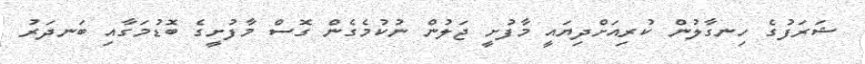
ޝަރަފުގެ ހިނގާލުން ކުރިއަށްދިޔައީ މާފުށީ ޖަލުން ނުކުމެގެން ގޮސް މާފުށީގެ ބޮޑުމަގާއި ބަނދަރު